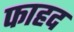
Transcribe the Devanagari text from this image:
फाहद